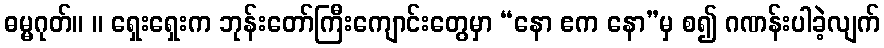
ဓမ္မဂုတ်။ ။ ရှေးရှေးက ဘုန်းတော်ကြီးကျောင်းတွေမှာ “နော ဧက နော”မှ စ၍ ဂဏန်းပါခဲ့လျက်